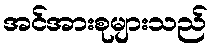
အင်အားစုများသည်